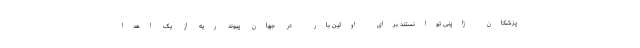
پزشکان ژاپنی توانستند برای اولین بار در جهان پیوند ریه از یک اهدا